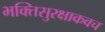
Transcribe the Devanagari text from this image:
भक्तिसुरक्षाकवच